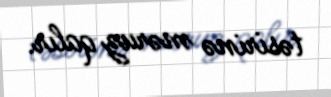
təsirinə məruz qalır.